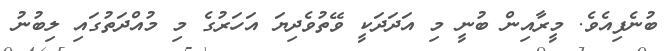
ބުނެފިއެވެ. މީރާއިން ބުނީ މި އަދަދަކީ ވޭތުވެދިޔަ އަހަރުގެ މި މުއްދަތުގައި ލިބުނު